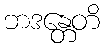
ဘဒန္တေတိ